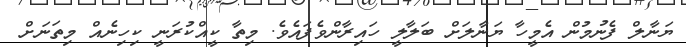
ޔަނާލް ފެނުމުން އެމީހާ ޔަނާލަށް ބަލާލީ ހައިރާންވެފައެވެ. މިތާ ކީއްކުރަނީ ކިހިނެއް މިތަނަށް